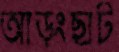
আড়ংছাট